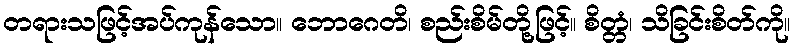
တရားသဖြင့်အပ်ကုန်သော။ ဘောဂေတိ၊ စည်းစိမ်တို့ဖြင့်။ စိတ္တံ၊ သိခြင်းစိတ်ကို။